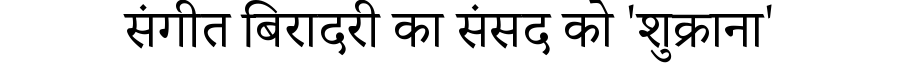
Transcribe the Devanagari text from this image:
संगीत बिरादरी का संसद को 'शुक्राना'